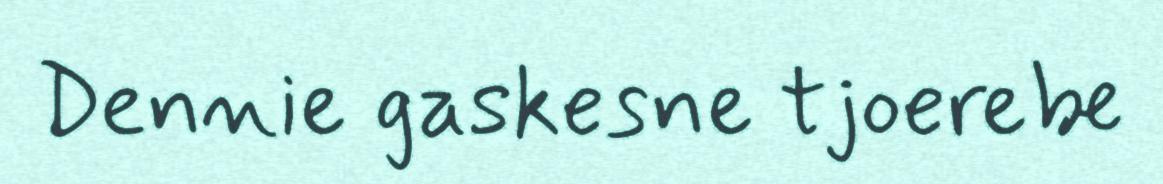
Dennie gaskesne tjoerebe